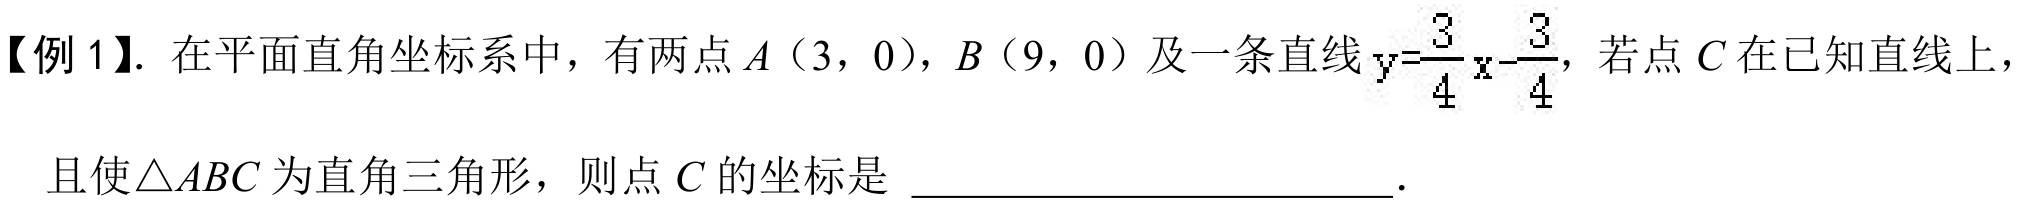
【例1】. 在平面直角坐标系中，有两点\(A(3,0)\)，\(B(9,0)\)及一条直线\(y = \frac{3}{4}x-\frac{3}{4}\)，若点\(C\)在已知直线上，且使\(\triangle ABC\)为直角三角形，则点\(C\)的坐标是  __________________．